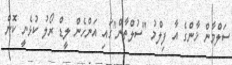
ސަލްމާން ޚާންގެ އާ ފިލްމު "ސުލްތާން"ގައި އަންހެން ލީޑް ރޯލު ކުޅެނީ ކޮން